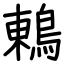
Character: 鶇